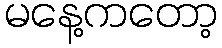
မနေ့ကတော့